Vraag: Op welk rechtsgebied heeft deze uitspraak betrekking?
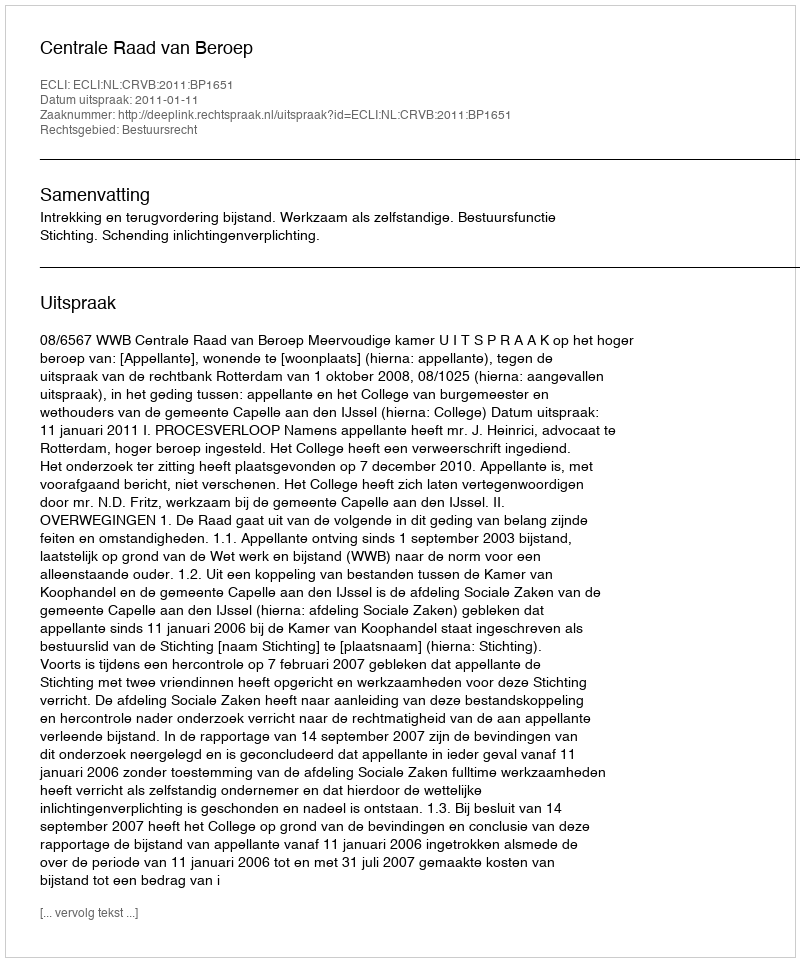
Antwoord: Bestuursrecht